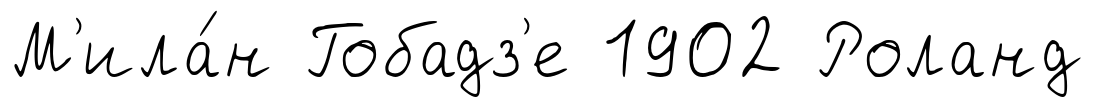
М'ила́н Гобадз'е 1902 Роланд